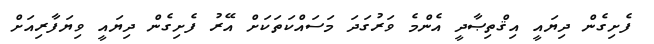
ފެށިގެން ދިޔައީ އިޤްތިޞާދީ އެންމެ ވަރުގަދަ މަސައްކަތަކަށް އޭރު ފެށިގެން ދިޔައީ ވިޔަފާރިއަށް